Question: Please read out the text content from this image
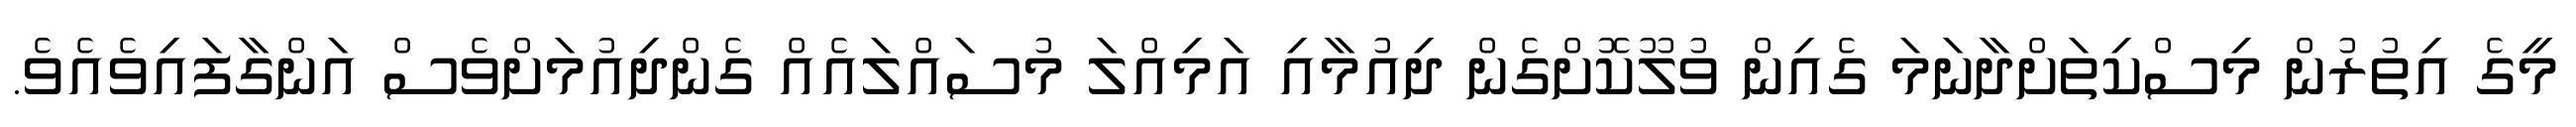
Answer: މީގެ އިތުރުން މިސްކިތަށްދާނަމަ ގެއިން ވުލޫކޮށްގެން ދިއުމާއި އަމިއްލަ މުސައްލައެއް ގެންދިއުމަށްވެސް އަންގާފައިވެއެވެ.